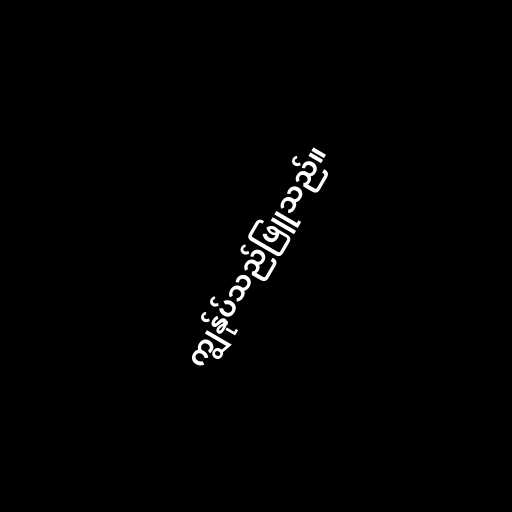
ကျွန်ုပ်သည်ဖြူသည်။